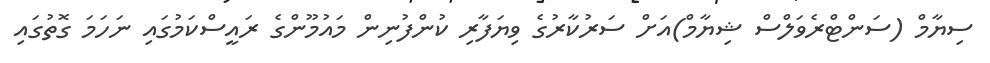
ސިޔާމް (ސަންޓްރެވަލްސް ޝިޔާމް)އަށް ސަރުކާރުގެ ވިޔަފާރި ކުންފުނިން މައުމޫންގެ ރައީސްކަމުގައި ނަހަމަ ގޮތުގައި